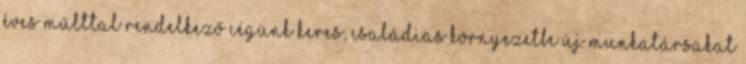
éves múlttal rendelkező cégünk keres, családias környezetbe új munkatársakat